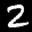
Label: 2